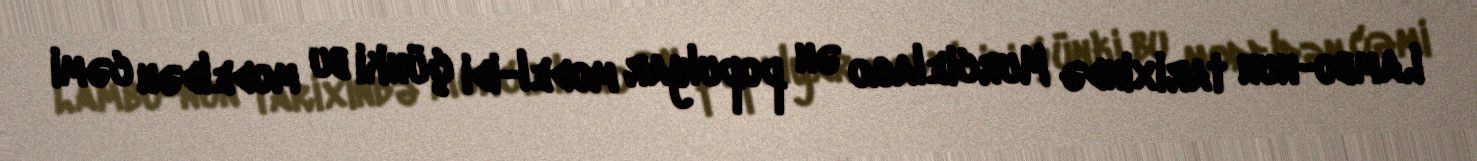
Lambo-nun tarixində Murcielago ən populyar model-idi çünki bu modeldən cəmi